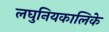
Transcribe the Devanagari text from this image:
लघुनियकालिके